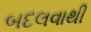
બદલવાથી